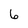
Character: 6